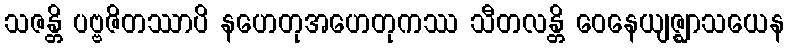
သဇန္တိ ပဗ္ဗဇိတဿာပိ နဟေတုအဟေတုကဿ သီတလန္တိ ဝေနေယျဇ္ဈာသယေန